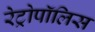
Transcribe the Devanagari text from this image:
रेट्रोपॉलिस